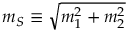
m _ { S } \equiv \sqrt { m _ { 1 } ^ { 2 } + m _ { 2 } ^ { 2 } }